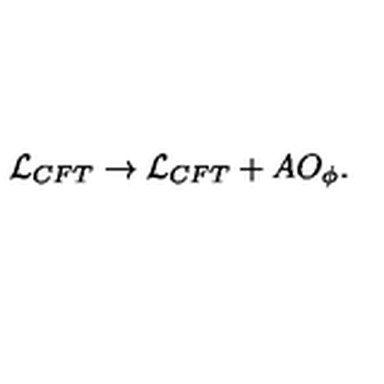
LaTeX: { \cal L } _ { C F T } \to { \cal L } _ { C F T } + A O _ { \phi } .